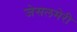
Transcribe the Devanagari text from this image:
जेसलमेरी